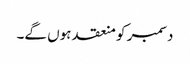
دسمبر کو منعقد ہوں گے۔